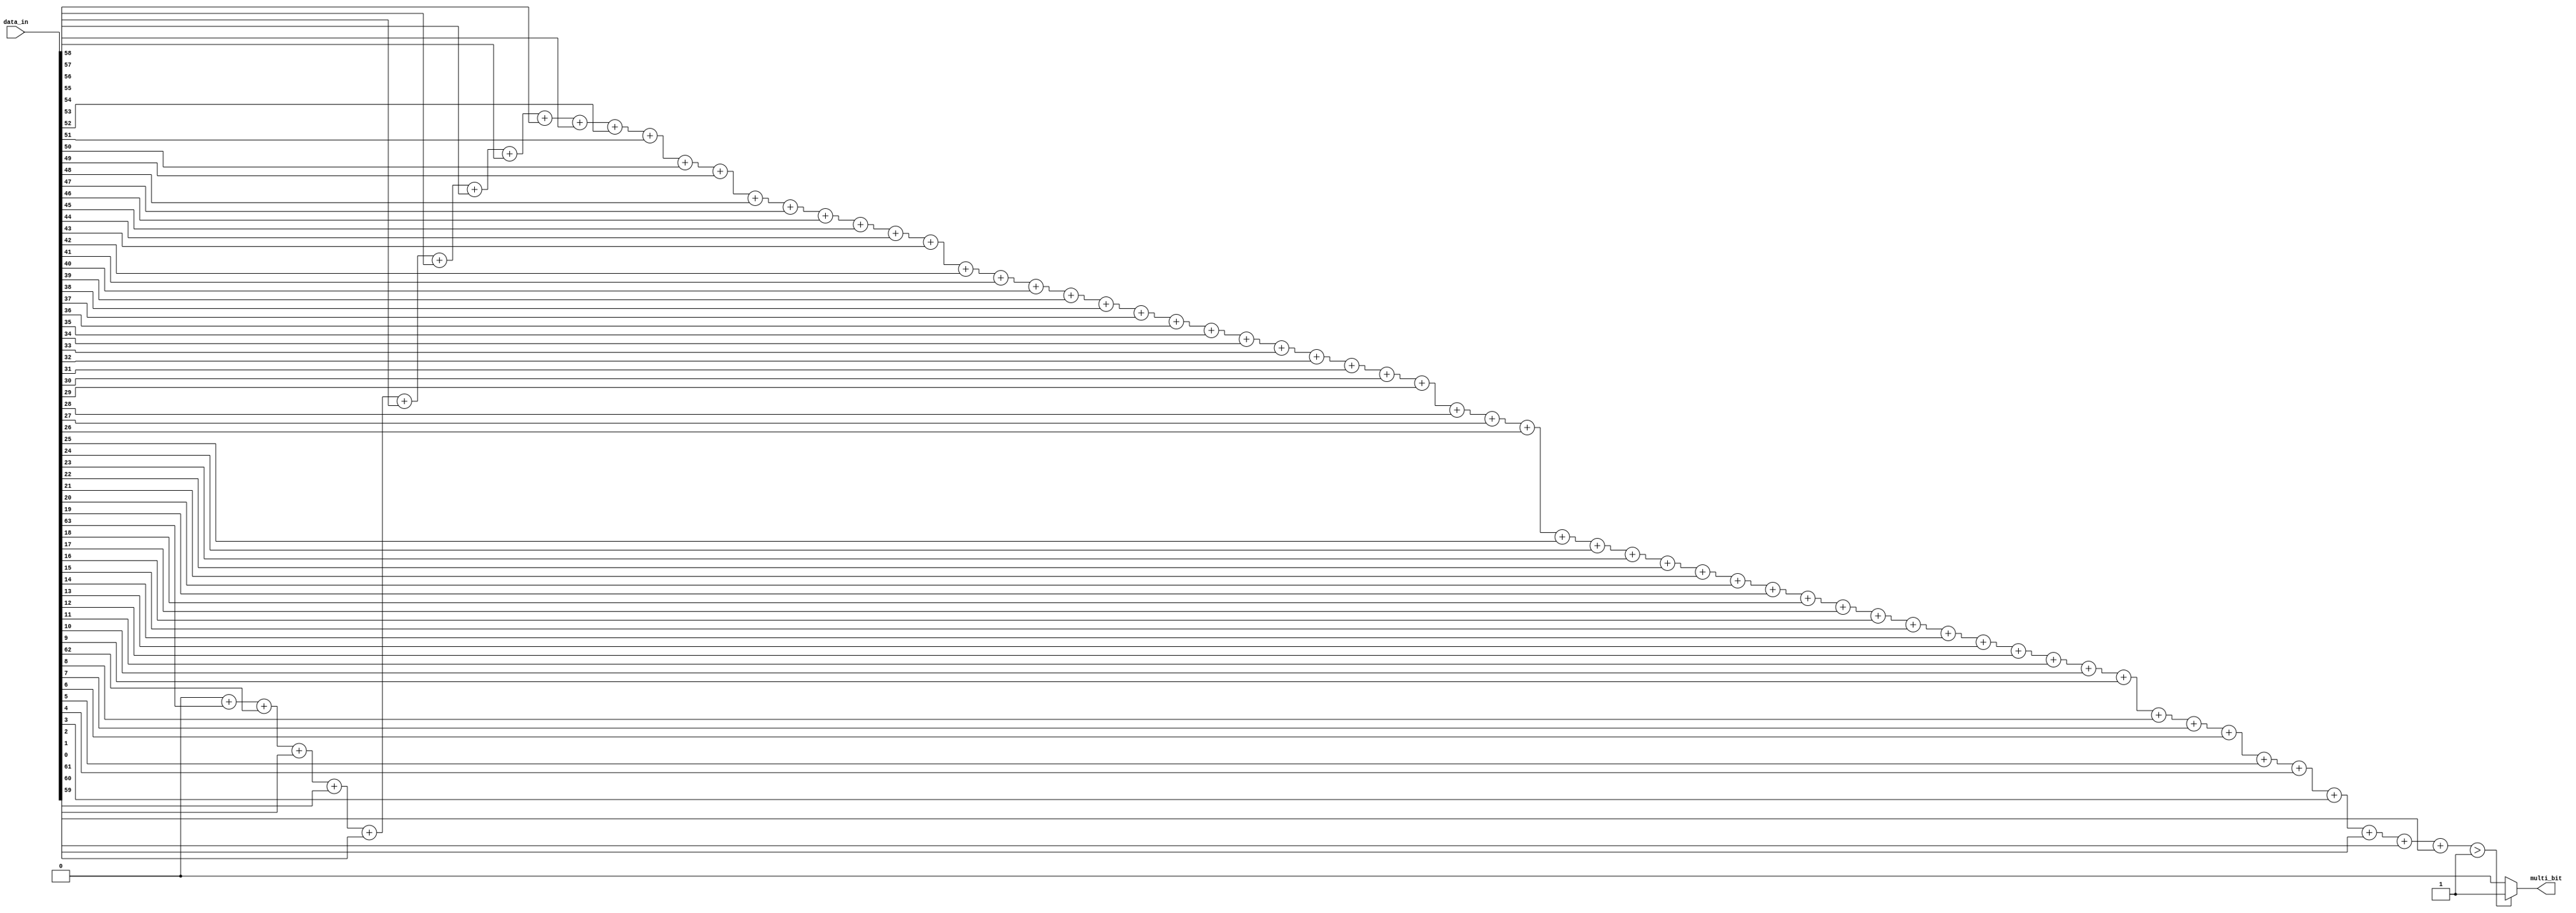
module multi_bit_check (
                data_in,
                multi_bit
                );
parameter   WIDTH       = 64;
parameter   N           = log2(WIDTH);
input   [WIDTH-1:0]     data_in;
output                  multi_bit;
reg     [N-1:0]         sum;
reg                     multi_bit;
integer j;
always @(*)
begin
    multi_bit  = 0;
    sum = 0;
    for (j=WIDTH-1; j >= 0; j = j-1)
        sum = sum + data_in[j];
    if (sum > 1)
        multi_bit = 1;
end
function integer log2;
input [32:0] depth;
integer i;
begin
    log2 = 1;
    for (i=0; 2**i < depth; i=i+1)
        log2 = i + 1;
end
endfunction     
endmodule